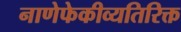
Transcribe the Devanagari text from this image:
नाणेफेकीव्यतिरिक्त